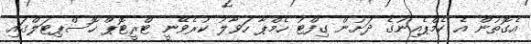
އެގޮތުން އެ ކެމްޕެއިނުގެ ދަށުން ގިފްޓު ހެމްޕާ ހަވާލު ކުރެވޭނީ ޓްރީޓޮޕް ހޮސްޕިޓަލްގައި